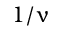
1 / \upnu